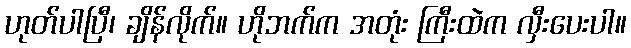
ဟုတ်ပါပြီ၊ ချိန်လိုက်။ ဟိုဘက်က အတုံး ကြီးထဲက လှီးပေးပါ။